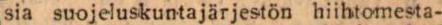
sia suojeluskuntajärjestön hiihtomesta-